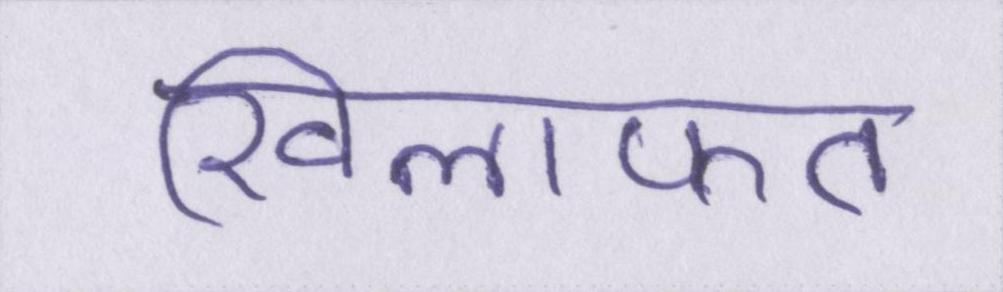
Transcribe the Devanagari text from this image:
खिलाफत